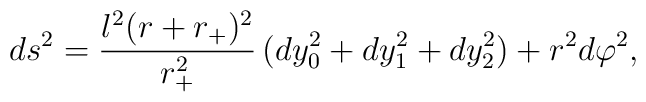
ds^2 =  \frac{l^2(r+r_+)^2}{r_+^2}\, (dy_0^2 + dy_1^2 +dy_2^2)  + r^2d\varphi^2,